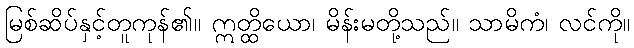
မြစ်ဆိပ်နှင့်တူကုန်၏။ ဣတ္ထိယော၊ မိန်းမတို့သည်။ သာမိကံ၊ လင်ကို။